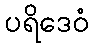
ပရိဒေဝံ